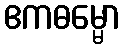
ဧကဓမ္မော